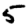
Digit: 5